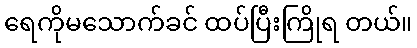
ရေကိုမသောက်ခင် ထပ်ပြီးကြိုရ တယ်။